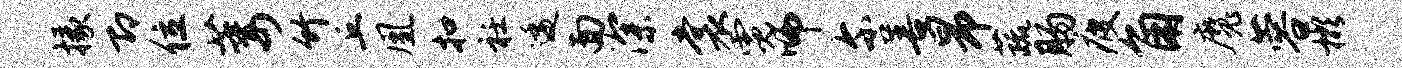
掾即位萎竹丘凰扣衽逶面深裳霓师尔善昂蔬肠疲角魔蓉彬